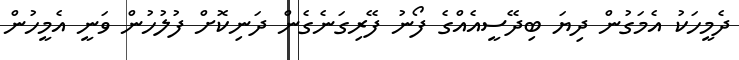
ދެމީހަކު އެމަގުން ދިޔަ ބިދޭސީއެއްގެ ފޯނު ފޭރިގަނެގެން ދަނިކޮށް ފުލުހުން ވަނީ އެމީހުން